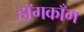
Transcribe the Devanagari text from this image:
हॉगकाँग